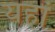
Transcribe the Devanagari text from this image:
यहां